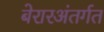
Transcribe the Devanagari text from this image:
बेरारअंतर्गत